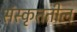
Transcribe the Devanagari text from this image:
संस्कृततील